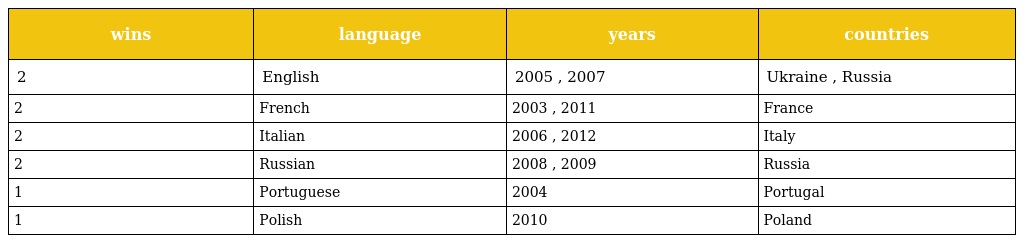
| wins | language | years | countries |
 | --- | --- | --- | --- |
 | 2 | English | 2005 , 2007 | Ukraine , Russia |
 | 2 | French | 2003 , 2011 | France |
 | 2 | Italian | 2006 , 2012 | Italy |
 | 2 | Russian | 2008 , 2009 | Russia |
 | 1 | Portuguese | 2004 | Portugal |
 | 1 | Polish | 2010 | Poland |